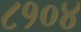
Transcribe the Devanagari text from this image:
८१०४